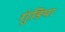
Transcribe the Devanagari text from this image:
गुंडिया